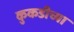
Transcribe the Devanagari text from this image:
कुकडीच्या